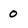
Character: 0